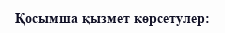
Қосымша қызмет көрсетулер: